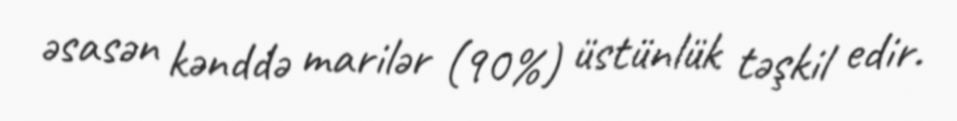
əsasən kənddə marilər (90%) üstünlük təşkil edir.